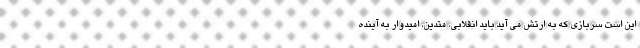
این است سربازی که به ارتش می آید باید انقلابی، متدین، امیدوار به آینده